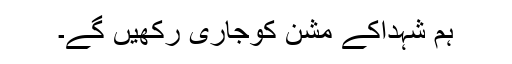
ہم شہداکے مشن کوجاری رکھیں گے۔